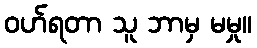
ဝဟ်ရတာ သူ ဘာမှ မမှု။